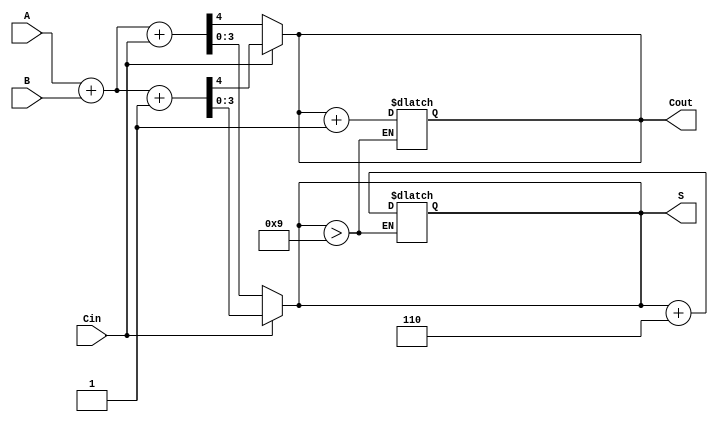
module BCD_MCSA (
    input wire [3:0] A,     // BCD input A
    input wire [3:0] B,     // BCD input B
    input wire Cin,         // Carry-in
    output reg [3:0] S,     // BCD sum output
    output reg Cout         // Carry-out
);

    // Intermediate signals
    wire [4:0] sum0;        // Sum with Cin = 0
    wire [4:0] sum1;        // Sum with Cin = 1
    wire carry0;            // Carry-out for Cin = 0
    wire carry1;            // Carry-out for Cin = 1

    // Initial addition for Cin = 0
    assign sum0 = A + B + Cin; // 4-bit sum, 1-bit carry
    assign carry0 = sum0[4];   // Carry-out for Cin = 0

    // Initial addition for Cin = 1
    assign sum1 = A + B + 1'b1; // 4-bit sum, 1-bit carry
    assign carry1 = sum1[4];    // Carry-out for Cin = 1

    // Select the appropriate sum and carry based on Cin
    always @(*) begin
        if (Cin) begin
            S = sum1[3:0];      // Select sum for Cin = 1
            Cout = carry1;      // Select carry for Cin = 1
        end else begin
            S = sum0[3:0];      // Select sum for Cin = 0
            Cout = carry0;      // Select carry for Cin = 0
        end
    end

    // BCD correction logic
    always @(*) begin
        if (S > 4'b1001) begin
            S = S + 4'b0110;   // Add 6 if the sum is greater than 9
            Cout = Cout + 1;   // Increment carry-out if correction is applied
        end
    end

endmodule